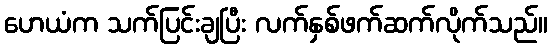
ဟေယံက သက်ပြင်းချပြီး လက်နှစ်ဖက်ဆက်လိုက်သည်။